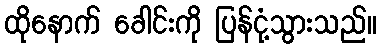
ထိုနောက် ခေါင်းကို ပြန်ငုံ့သွားသည်။